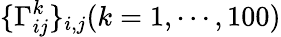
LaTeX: \{ \Gamma_{ij}^{k}\} _{i,j}(k=1,\cdots,100)